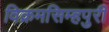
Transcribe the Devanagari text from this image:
विक्रमसिम्‍हपुरी